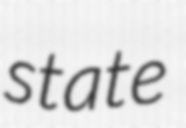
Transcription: state